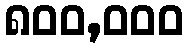
၈၀၀,၀၀၀